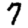
Digit: 7